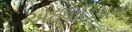
અઠવાડિયના